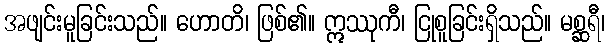
အဖျင်းမူခြင်းသည်။ ဟောတိ၊ ဖြစ်၏။ ဣဿုကီ၊ ငြုစူခြင်းရှိသည်။ မစ္ဆရီ၊